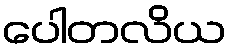
ပေါတလိယ